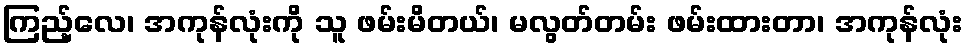
ကြည့်လေ၊ အကုန်လုံးကို သူ ဖမ်းမိတယ်၊ မလွတ်တမ်း ဖမ်းထားတာ၊ အကုန်လုံး